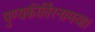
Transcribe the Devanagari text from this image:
पुण्यकीर्तिरनामयः।।